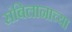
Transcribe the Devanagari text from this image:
संबिलानाच्या